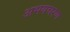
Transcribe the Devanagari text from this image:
अभयचरण